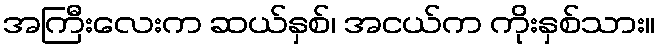
အကြီးလေးက ဆယ်နှစ်၊ အငယ်က ကိုးနှစ်သား။